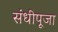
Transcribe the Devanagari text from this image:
संधीपूजा